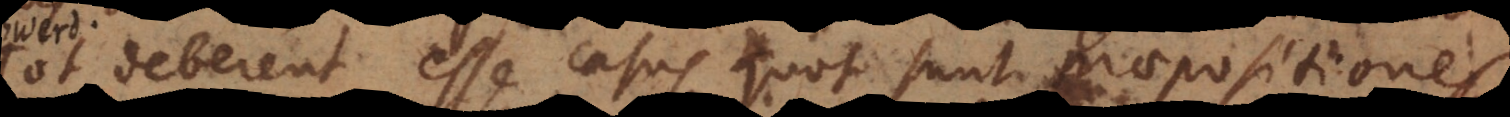
Tot deberent esse casus quot sunt praepositiones